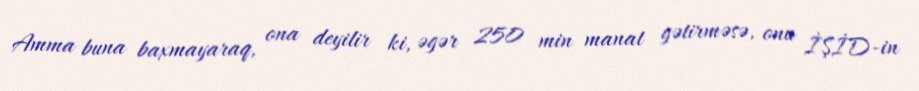
Amma buna baxmayaraq, ona deyilir ki, əgər 250 min manat gətirməsə, onu İŞİD-in